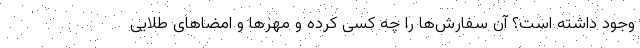
وجود داشته است؟ آن سفارش‌ها را چه کسی کرده و مهرها و امضاهای طلایی